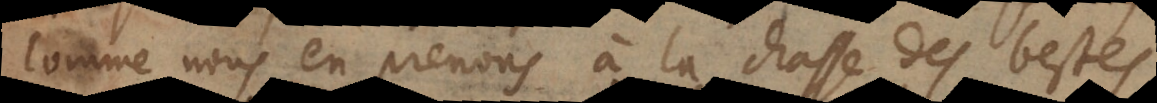
comme nous en prenons à la chasse des bestes